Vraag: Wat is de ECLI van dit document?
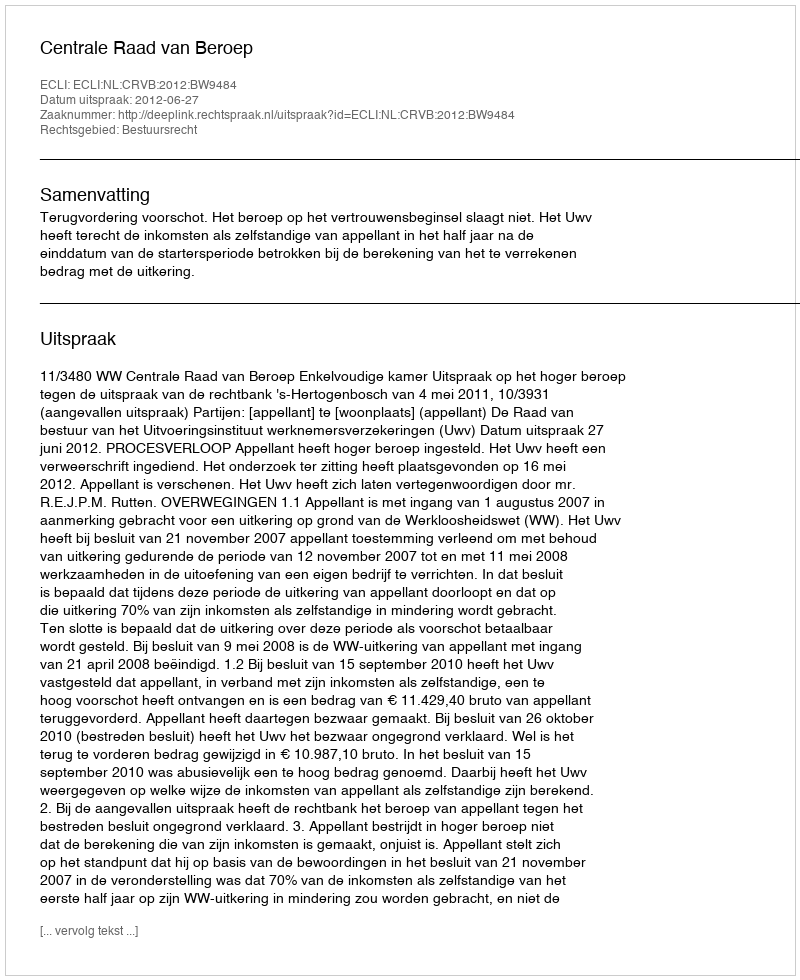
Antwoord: ECLI:NL:CRVB:2012:BW9484